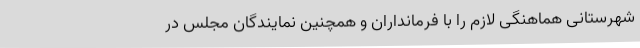
شهرستانی هماهنگی لازم را با فرمانداران و همچنین نمایندگان مجلس در